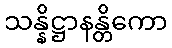
သန္နိဋ္ဌာနန္တိကော